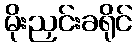
မိုးညှင်းခရိုင်